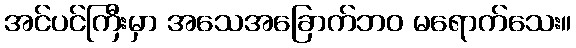
အင်ပင်ကြီးမှာ အသေအခြောက်ဘဝ မရောက်သေး။